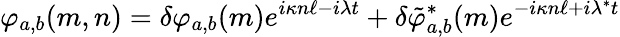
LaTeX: \varphi_{a,b}(m,n)=\delta\varphi_{a,b}(m)e^{i\kappa n\ell-i\lambda t}+\delta\tilde{\varphi}_{a,b}^{*}(m)e^{-i\kappa n\ell+i\lambda^{*}t}